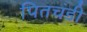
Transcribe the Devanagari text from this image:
पितचंडी